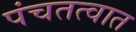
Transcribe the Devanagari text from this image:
पंचतत्वात